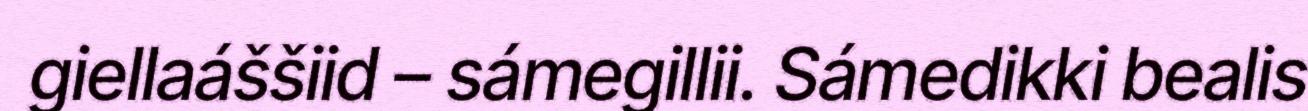
giellaáššiid – sámegillii. Sámedikki bealis